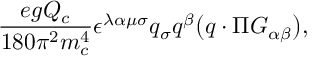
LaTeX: \frac { e g Q _ { c } } { 1 8 0 \pi ^ { 2 } m _ { c } ^ { 4 } } \epsilon ^ { \lambda \alpha \mu \sigma } q _ { \sigma } q ^ { \beta } \bigl ( q \cdot \Pi G _ { \alpha \beta } \bigr ) ,